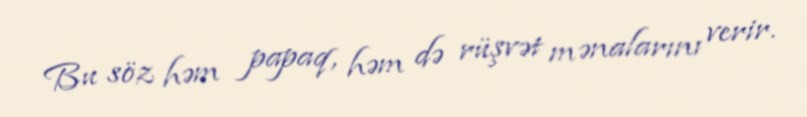
Bu söz həm papaq, həm də rüşvət mənalarını verir.